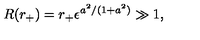
R ( r _ { + } ) = r _ { + } \epsilon ^ { a ^ { 2 } / ( 1 + a ^ { 2 } ) } \gg 1 ,